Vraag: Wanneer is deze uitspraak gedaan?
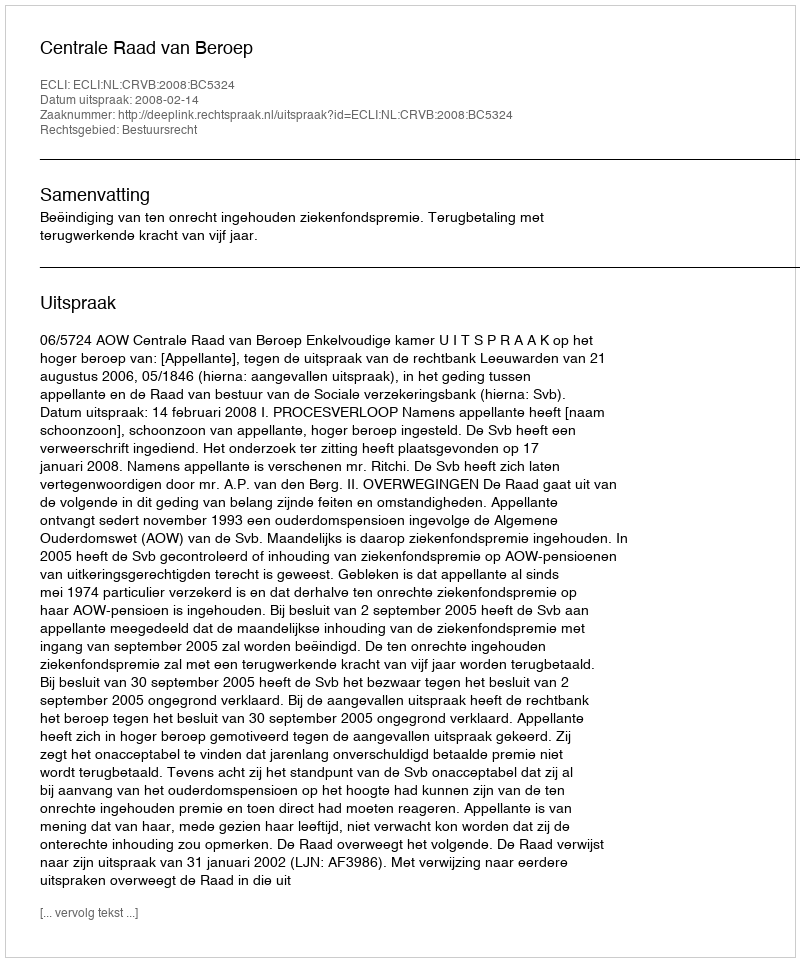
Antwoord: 2008-02-14